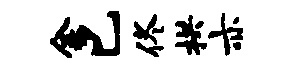
金已佟拱亦